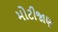
મોટીજાણ